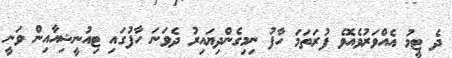
ދެ ޓީމު އެއްވަރުވެއޮވެ ފުރަތަމަ ހާފު ނިމިގެންދިޔައިރު ދެވަނަ ހާފުގައި ޓިއުނީޝިއާއިން ވަނީ